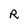
Character: R